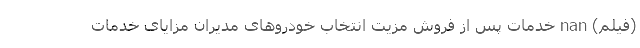
(فیلم) nan خدمات پس از فروش مزیت انتخاب خودروهای مدیران مزایای خدمات